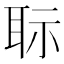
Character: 𦕝